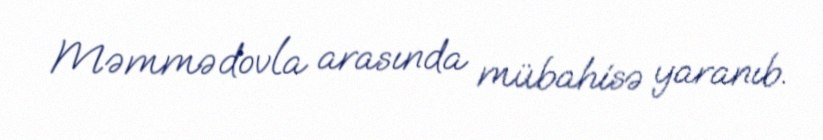
Məmmədovla arasında mübahisə yaranıb.